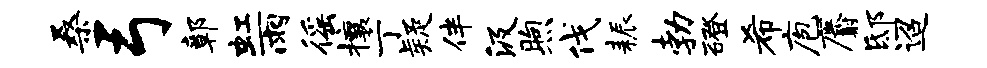
桑弓鄣虹雨徭攘丁疑伴汲煦伐耨勃磴希庖麝邸迢